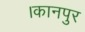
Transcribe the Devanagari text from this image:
।कानपुर